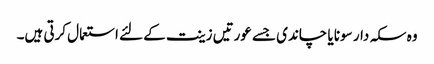
وہ سکہ دار سونا یا چاندی جسے عورتیں زینت کے لئے استعمال کرتی ہیں۔